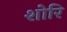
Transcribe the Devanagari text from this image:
शोरि